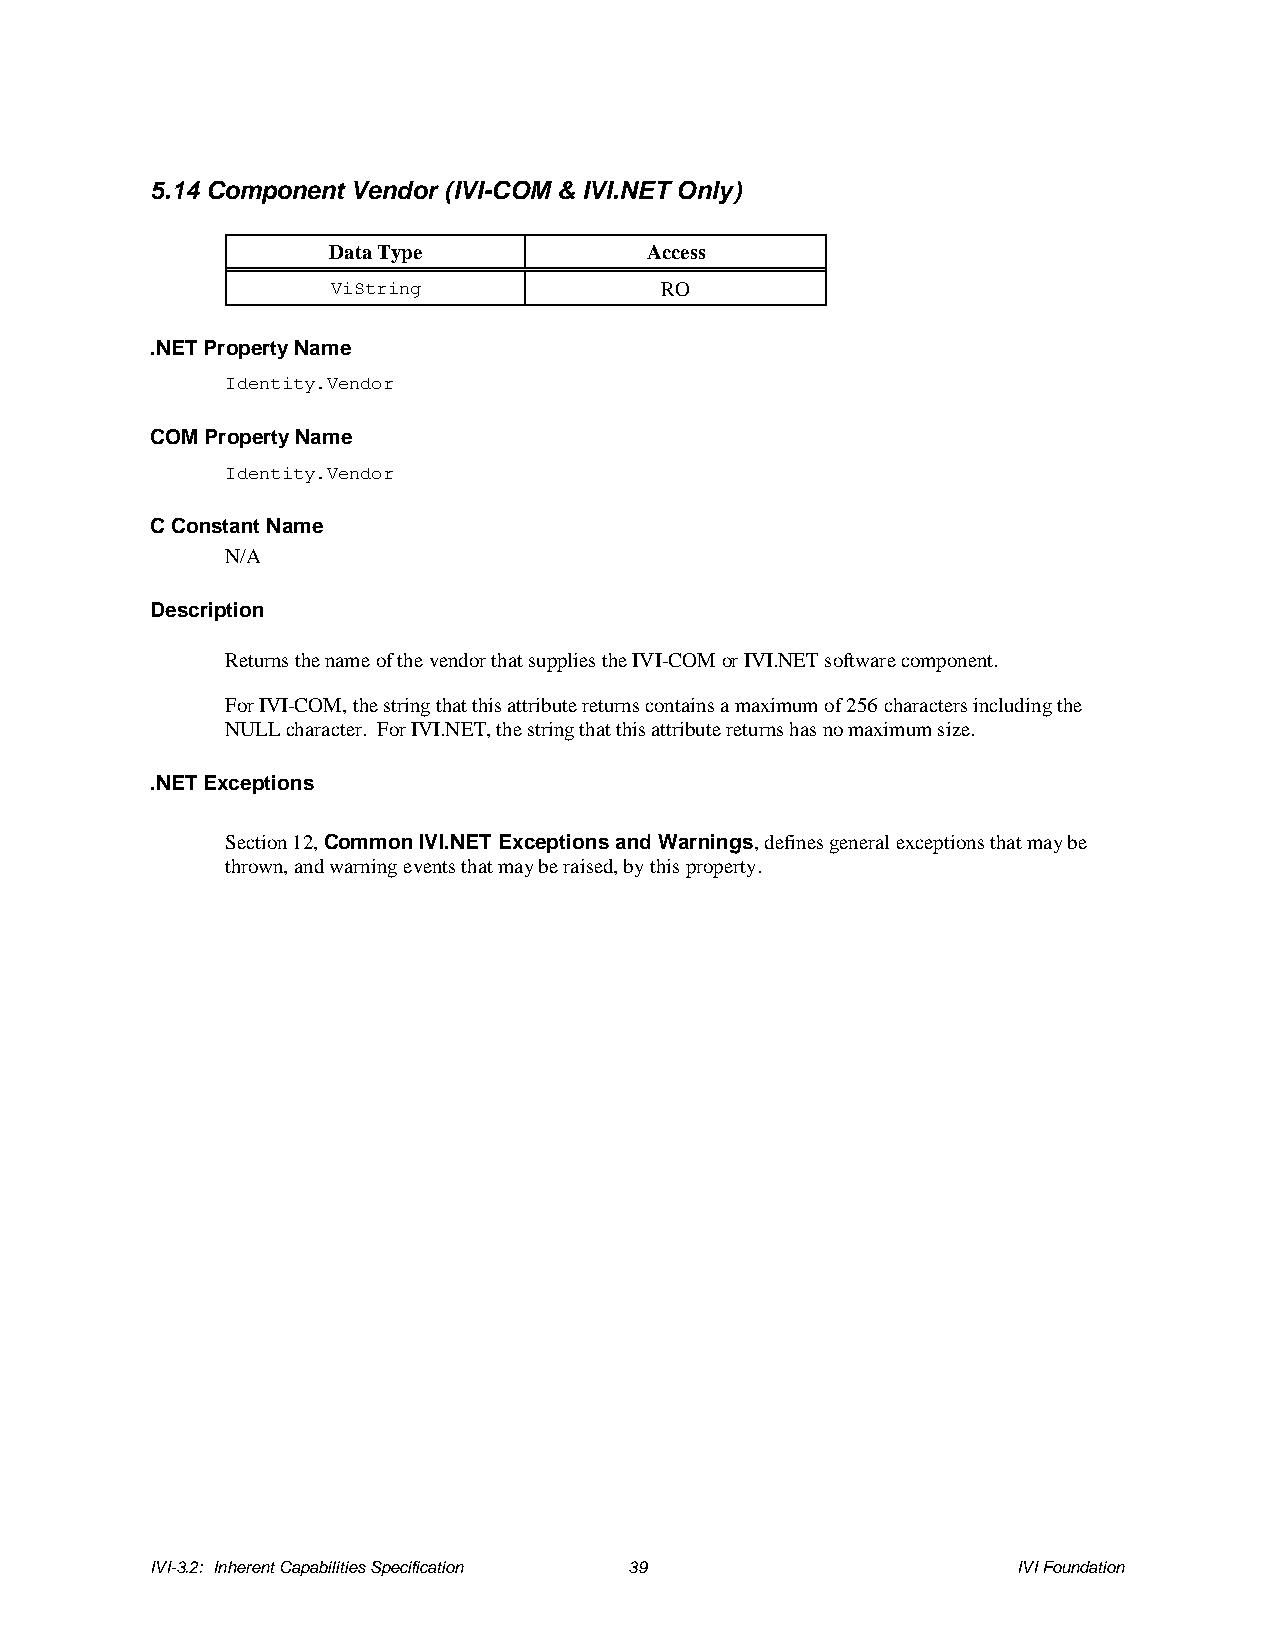
5.14 Component Vendor (IVI-COM & IVI.NET Only)
 Data Type            Access
 ViString              RO
 .NET Property Name
 Identity.Vendor
 COM Property Name
 Identity.Vendor
 C Constant Name
 N/A
 Description
 Returns the name of the vendor that supplies the IVI-COM or IVI.NET software component.
 For IVI-COM, the string that this attribute returns contains a maximum of 256 characters including the
 NULL character. For IVI.NET, the string that this attribute returns has no maximum size.
 .NET Exceptions
 Section 12, Common IVI.NET Exceptions and Warnings, defines general exceptions that may be
 thrown, and warning events that may be raised, by this property.
 IVI-3.2: Inherent Capabilities Specification 39          IVI Foundation